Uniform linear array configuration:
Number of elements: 64
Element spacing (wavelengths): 0.25
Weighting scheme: binomial
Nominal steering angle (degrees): -45
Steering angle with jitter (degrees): -44.119
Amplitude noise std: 0.05
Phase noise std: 0.05

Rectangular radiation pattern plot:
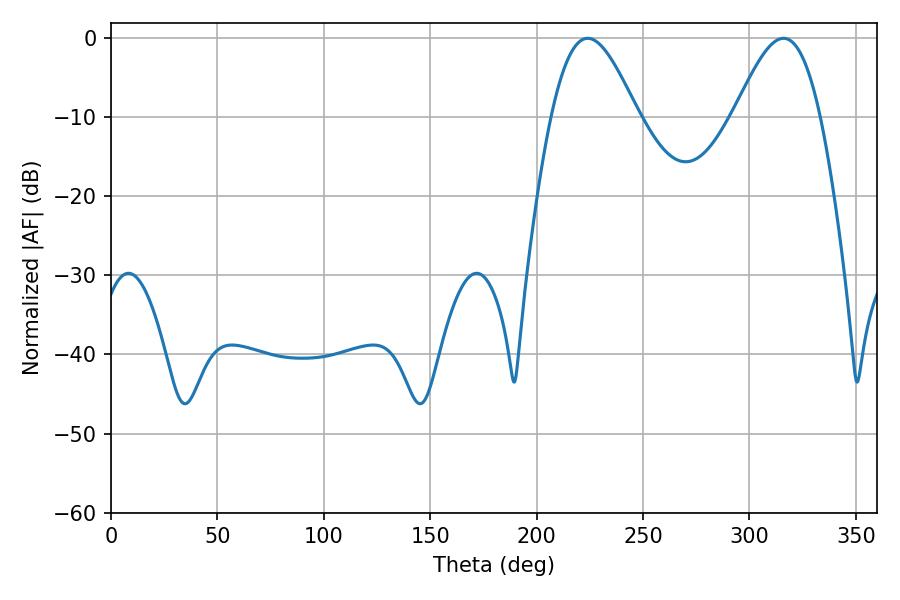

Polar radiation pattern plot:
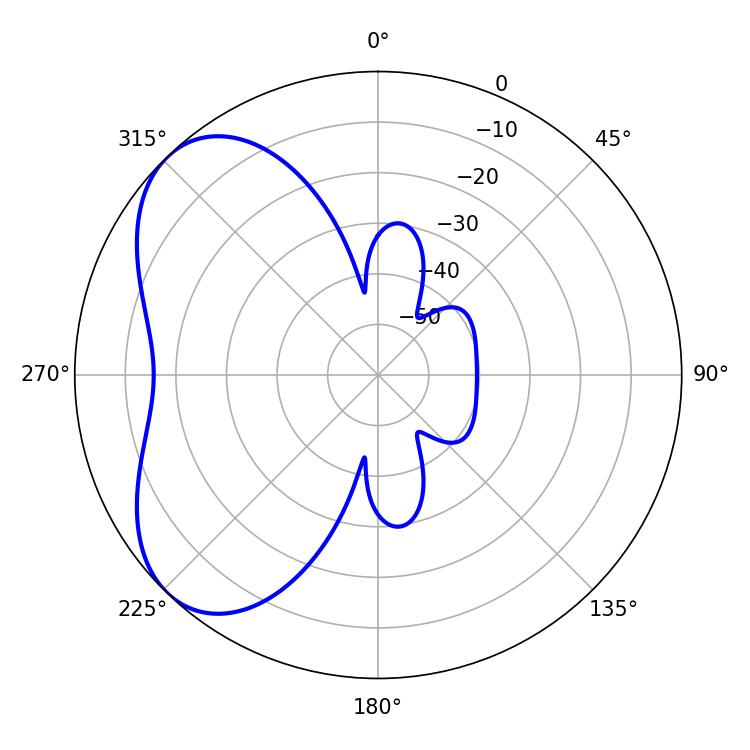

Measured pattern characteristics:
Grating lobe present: FALSE
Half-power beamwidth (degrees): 21.6
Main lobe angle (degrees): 223.92